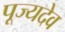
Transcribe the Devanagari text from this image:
पूज्यदेव